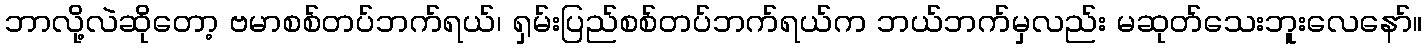
ဘာလို့လဲဆိုတော့ ဗမာစစ်တပ်ဘက်ရယ်၊ ရှမ်းပြည်စစ်တပ်ဘက်ရယ်က ဘယ်ဘက်မှလည်း မဆုတ်သေးဘူးလေနော်။